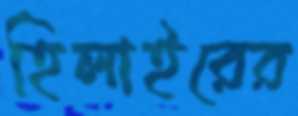
হিলাইরের